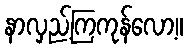
နာလှည့်ကြကုန်လော့။